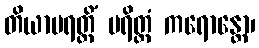
တိယာမရတ္တိံ ပရိတ္တံ ကရောန္တော၊